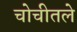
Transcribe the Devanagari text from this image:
चोचीतले